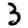
Digit: 3